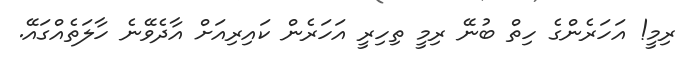
ރިމީ! އަހަރެންގެ ހިތް ބުނޭ ރިމީ ތިހިރީ އަހަރެން ކައިރިއަށް އާދެވޭނެ ހާލަތެއްގައޭ.